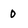
Character: 0